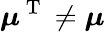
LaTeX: \boldsymbol{\mu}^{\mathrm{~T~}}\ne\boldsymbol{\mu}